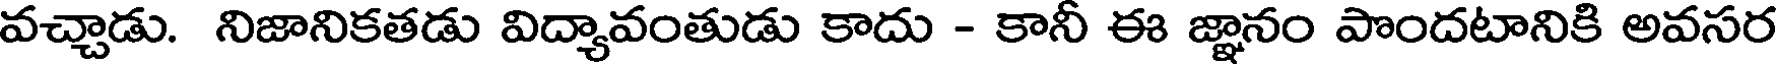
వచ్చాడు. నిజానికతడు విద్యావంతుడు కాదు - కానీ ఈ జ్ఞానం పొందటానికి అవసర